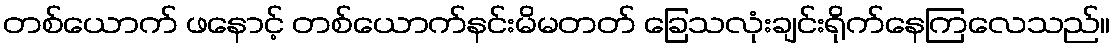
တစ်ယောက် ဖနောင့် တစ်ယောက်နင်းမိမတတ် ခြေသလုံးချင်းရိုက်နေကြလေသည်။